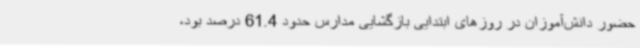
حضور دانش‌آموزان در روزهای ابتدایی بازگشایی مدارس حدود 61.4 درصد بود،